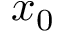
x _ { 0 }